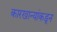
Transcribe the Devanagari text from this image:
कारखान्यांकडून